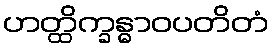
ဟတ္ထိက္ခန္ဓာဝပတိတံ